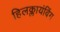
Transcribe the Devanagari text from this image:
हिलक्लायंबिंग